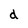
Character: d